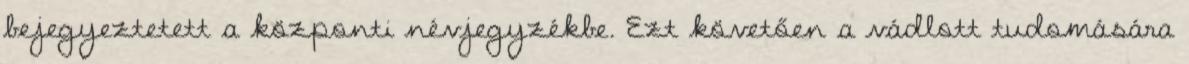
bejegyeztetett a központi névjegyzékbe. Ezt követően a vádlott tudomására